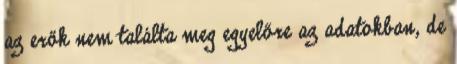
az erők nem találta meg egyelőre az adatokban, de